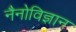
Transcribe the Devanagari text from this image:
नैनोविज्ञान